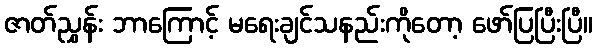
ဇာတ်ညွှန်း ဘာကြောင့် မရေးချင်သနည်းကိုတော့ ဖော်ပြပြီးပြီ။